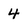
Character: 4